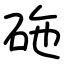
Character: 砤